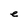
Character: e